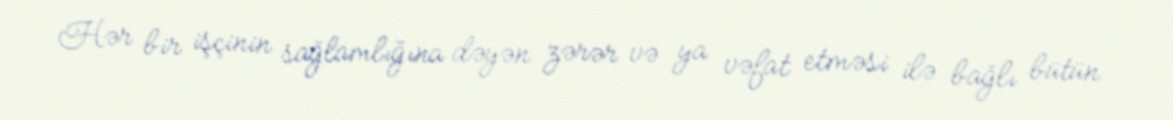
Hər bir işçinin sağlamlığına dəyən zərər və ya vəfat etməsi ilə bağlı bütün